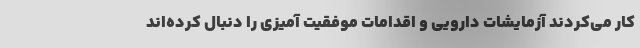
کار می‌کردند آزمایشات دارویی و اقدامات موفقیت آمیزی را دنبال کرده‌اند